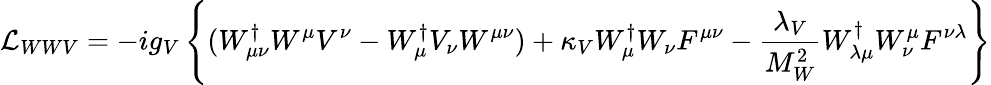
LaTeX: {\cal L}_{WWV}=-ig_{V}\left\{ {(W_{\mu\nu}^{\dagger}W^{\mu}V^{\nu}-W_{\mu}^{\dagger}V_{\nu}W^{\mu\nu})+\kappa_{V}W_{\mu}^{\dagger}W_{\nu}F^{\mu\nu}-{\frac{\lambda_{V}}{M_{W}^{2}}}W_{\lambda\mu}^{\dagger}W_{\nu}^{\mu}F^{\nu\lambda}}\right\}